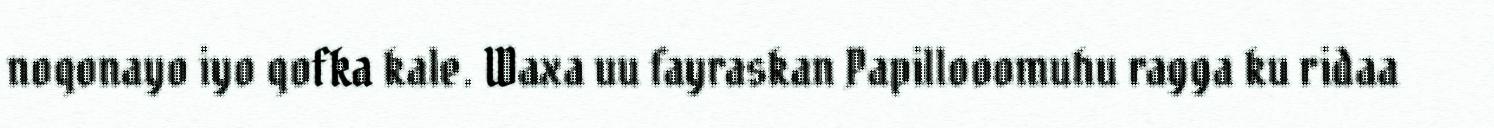
noqonayo iyo qofka kale. Waxa uu fayraskan Papillooomuhu ragga ku ridaa